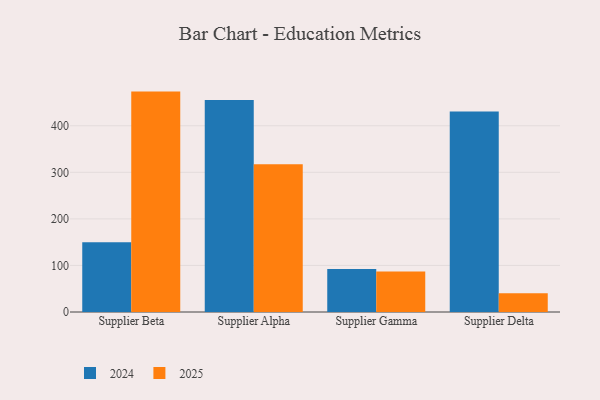
{"axis": {"x": "Supplier", "y": "Demand Index"}, "legend": ["2024", "2025"], "data": [{"x": "Supplier Beta", "y": 473.3, "type": "2025"}, {"x": "Supplier Beta", "y": 149.6, "type": "2024"}, {"x": "Supplier Alpha", "y": 317.3, "type": "2025"}, {"x": "Supplier Alpha", "y": 455.4, "type": "2024"}, {"x": "Supplier Gamma", "y": 87.1, "type": "2025"}, {"x": "Supplier Gamma", "y": 92.6, "type": "2024"}, {"x": "Supplier Delta", "y": 40.4, "type": "2025"}, {"x": "Supplier Delta", "y": 430.3, "type": "2024"}]}